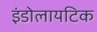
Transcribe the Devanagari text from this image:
इंडोलायटिक